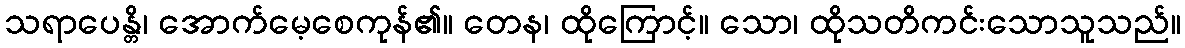
သရာပေန္တိ၊ အောက်မေ့စေကုန်၏။ တေန၊ ထိုကြောင့်။ သော၊ ထိုသတိကင်းသောသူသည်။